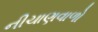
નીચાણવાળો